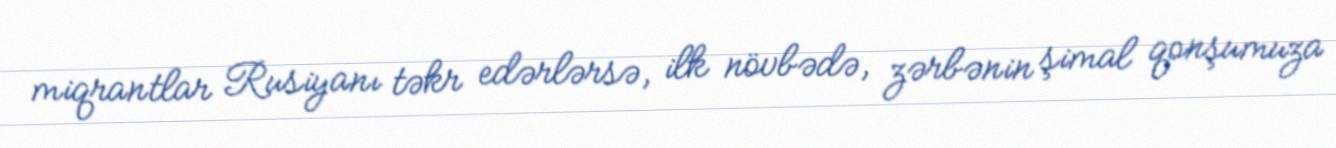
miqrantlar Rusiyanı təkr edərlərsə, ilk növbədə, zərbənin şimal qonşumuza